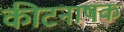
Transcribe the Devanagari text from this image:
कीटनाषक